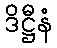
ဒိဋ္ဌီနံ